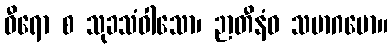
ဓီရော စ သုခသံဝါသော၊ ဉာတီနံဝ သမာဂမော။